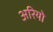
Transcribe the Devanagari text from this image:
अरियो